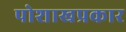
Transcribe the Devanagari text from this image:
पोशाखप्रकार